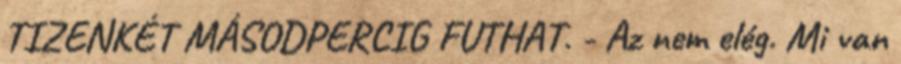
TIZENKÉT MÁSODPERCIG FUTHAT. - Az nem elég. Mi van